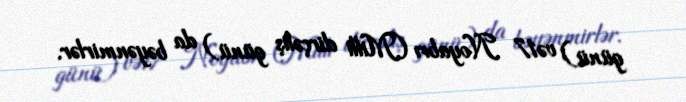
günü) və17 Noyabrı (Milli dirçəliş günü) da bəyənmirlər.